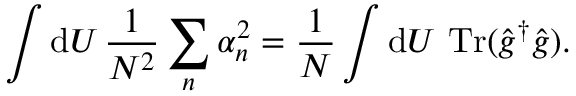
\int \mathrm { d } U \, \frac { 1 } { N ^ { 2 } } \sum _ { n } \alpha _ { n } ^ { 2 } = \frac { 1 } { N } \int \mathrm { d } U \, \operatorname { T r } ( \hat { g } ^ { \dag } \hat { g } ) .